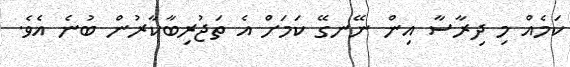
ކަމެއް މި ދިރާސާ އިން ނޭނގޭ ކަމަށް އެ ތަޖުރިބާކާރުން ބުނެ އެވެ.